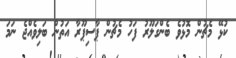
ކުޅޭ މެޗުން މޮޅުވެ ބެންގަލޫރު ފަހު މެޗުން ޕާސިޕޫރާ އަތުން ބަލިވެއްޖެ ނަމަ